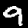
Label: 9